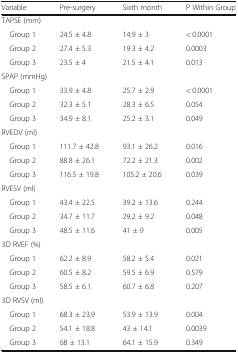
<table><thead><tr><td><b>Variable</b></td><td><b>Pre-surgery</b></td><td><b>Sixth month</b></td><td><b>P Within Group</b></td></tr></thead><tbody><tr><td colspan="4">TAPSE (mm)</td></tr><tr><td> Group 1</td><td>24.5 ± 4.8</td><td>14.9 ± 3</td><td>&lt; 0.0001</td></tr><tr><td> Group 2</td><td>27.4 ± 5.3</td><td>19.3 ± 4.2</td><td>0.0003</td></tr><tr><td> Group 3</td><td>23.5 ± 4</td><td>21.5 ± 4.1</td><td>0.013</td></tr><tr><td colspan="4">SPAP (mmHg)</td></tr><tr><td> Group 1</td><td>33.9 ± 4.8</td><td>25.7 ± 2.9</td><td>&lt; 0.0001</td></tr><tr><td> Group 2</td><td>32.3 ± 5.1</td><td>28.3 ± 6.5</td><td>0.054</td></tr><tr><td> Group 3</td><td>34.9 ± 8.1</td><td>25.2 ± 3.1</td><td>0.049</td></tr><tr><td colspan="4">RVEDV (ml)</td></tr><tr><td> Group 1</td><td>111.7 ± 42.8</td><td>93.1 ± 26.2</td><td>0.016</td></tr><tr><td> Group 2</td><td>88.8 ± 26.1</td><td>72.2 ± 21.3</td><td>0.002</td></tr><tr><td> Group 3</td><td>116.5 ± 19.8</td><td>105.2 ± 20.6</td><td>0.039</td></tr><tr><td colspan="4">RVESV (ml)</td></tr><tr><td> Group 1</td><td>43.4 ± 22.5</td><td>39.2 ± 13.6</td><td>0.244</td></tr><tr><td> Group 2</td><td>34.7 ± 11.7</td><td>29.2 ± 9.2</td><td>0.048</td></tr><tr><td> Group 3</td><td>48.5 ± 11.6</td><td>41 ± 9</td><td>0.005</td></tr><tr><td colspan="4">3D RVEF (%)</td></tr><tr><td> Group 1</td><td>62.2 ± 8.9</td><td>58.2 ± 5.4</td><td>0.021</td></tr><tr><td> Group 2</td><td>60.5 ± 8.2</td><td>59.5 ± 6.9</td><td>0.579</td></tr><tr><td> Group 3</td><td>58.5 ± 6.1</td><td>60.7 ± 6.8</td><td>0.207</td></tr><tr><td colspan="4">3D RVSV (ml)</td></tr><tr><td> Group 1</td><td>68.3 ± 23.9</td><td>53.9 ± 13.9</td><td>0.004</td></tr><tr><td> Group 2</td><td>54.1 ± 18.8</td><td>43 ± 14.1</td><td>0.0039</td></tr><tr><td> Group 3</td><td>68 ± 13.1</td><td>64.1 ± 15.9</td><td>0.349</td></tr></tbody></table>